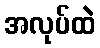
အလုပ်ထဲ